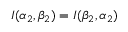
I ( \alpha _ { 2 } , \beta _ { 2 } ) = I ( \beta _ { 2 } , \alpha _ { 2 } )